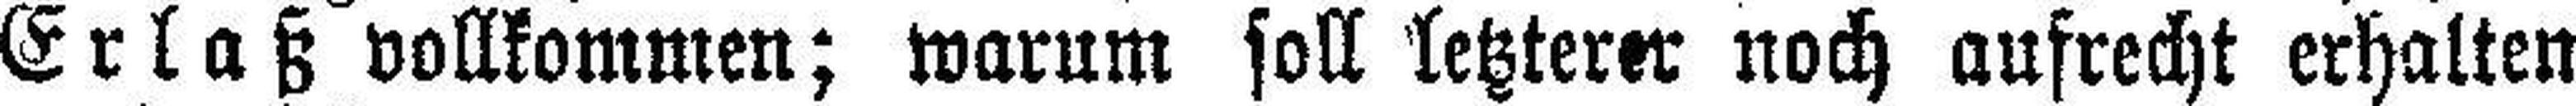
Erlaß vollkommen; warum soll letzterer noch aufrecht erhalten